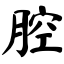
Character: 腔